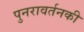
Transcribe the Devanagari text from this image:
पुनरावर्तनकी